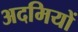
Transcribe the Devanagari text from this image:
अदमियों